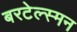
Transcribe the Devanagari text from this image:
बरटेल्स्मन